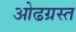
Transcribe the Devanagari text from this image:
ओढग्रस्त